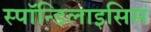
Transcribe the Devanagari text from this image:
स्पाॅन्डिलाइसिस